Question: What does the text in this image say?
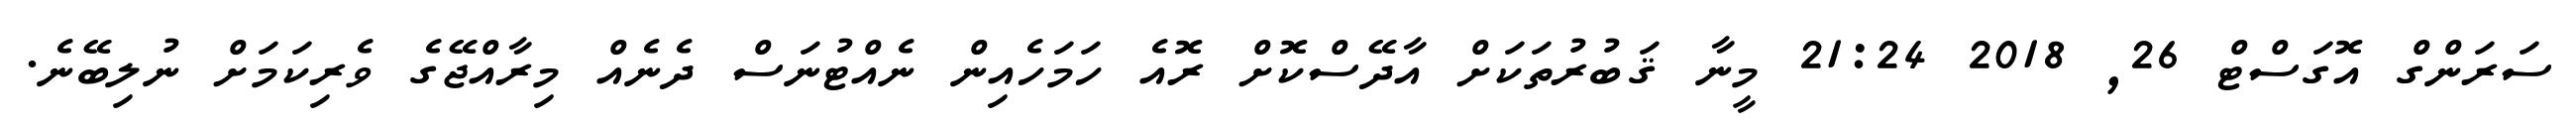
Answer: ސަރަންގް އޮގަސްޓް 26, 2018 21:24 މީނާ ޤަބުރުތަކަށް އާދޭސްކޮށް ރޮއެ ހަމަހެއިން ނެއްޓުނަސް ދެނެއް މިރާއްޖޭގެ ވެރިކަމަށް ނުލިބޭނެ.